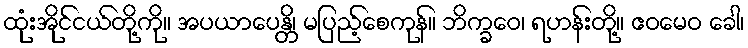
ထုံးအိုင်ငယ်တို့ကို။ အပယာပေန္တိ၊ မပြည့်စေကုန်။ ဘိက္ခဝေ၊ ရဟန်းတို့။ ဧဝမေဝ ခေါ၊